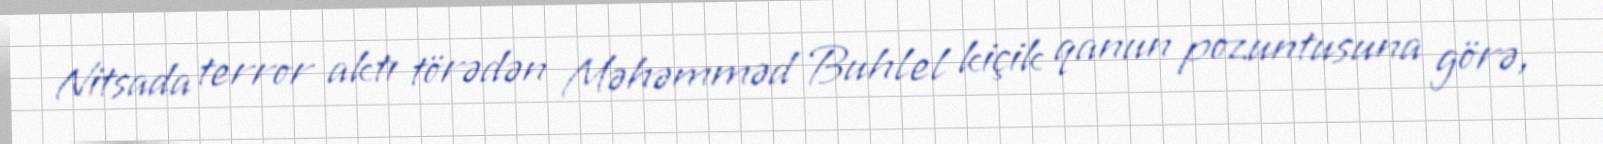
Nitsada terror aktı törədən Məhəmməd Buhlel kiçik qanun pozuntusuna görə,